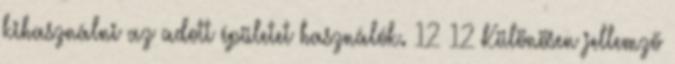
kihasználni az adott épületet használók. 12 12 Különösen jellemző